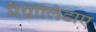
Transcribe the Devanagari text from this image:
मैग्नोलिडाए